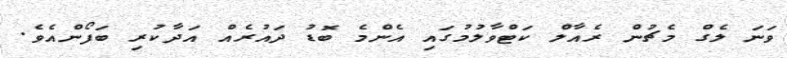
ވަނަ ލެގް މެޗުން ރެއާލް ކަޓްވާލުމުގައި އެންމެ ބޮޑު ދައުރެއް އަދާކުރި ބަފޯންއެވެ.